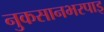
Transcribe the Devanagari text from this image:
नुकसानभरपाइ